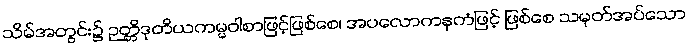
သိမ်အတွင်း၌ ဉတ္တိဒုတိယကမ္မဝါစာဖြင့်ဖြစ်စေ၊ အပလောကနကံဖြင့် ဖြစ်စေ သမုတ်အပ်သော